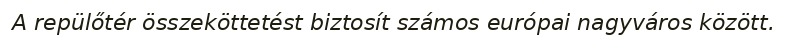
A repülőtér összeköttetést biztosít számos európai nagyváros között.